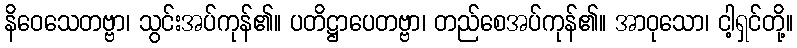
နိဝေသေတဗ္ဗာ၊ သွင်းအပ်ကုန်၏။ ပတိဋ္ဌာပေတဗ္ဗာ၊ တည်စေအပ်ကုန်၏။ အာဝုသော၊ ငါ့ရှင်တို့။